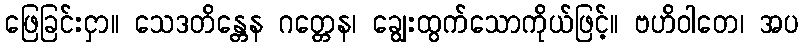
ဖြေခြင်းငှာ။ သေဒတိန္တေန ဂတ္တေန၊ ချွေးထွက်သောကိုယ်ဖြင့်။ ဗဟိဝါတေ၊ အပ